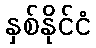
နှစ်နိုင်ငံ